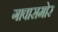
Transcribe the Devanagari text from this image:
गावासमोर